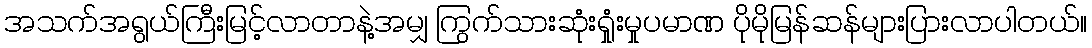
အသက်အရွယ်ကြီးမြင့်လာတာနဲ့အမျှ ကြွက်သားဆုံးရှုံးမှုပမာဏ ပိုမိုမြန်ဆန်များပြားလာပါတယ်။